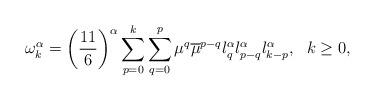
LaTeX: \begin{align*}\omega^\alpha_k=\bigg(\frac{11}{6}\bigg)^\alpha\sum^k_{p=0}\sum^p_{q=0}\mu^q\overline{\mu}^{p-q}l^\alpha_ql^\alpha_{p-q}l^\alpha_{k-p},\ \ k\geq0,\end{align*}